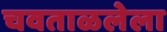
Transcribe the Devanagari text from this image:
चवताळलेला